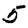
Digit: 5